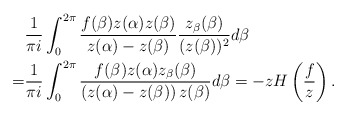
\begin{align*}&\frac{1}{\pi i}\int_{0}^{2\pi}\frac{f(\beta)z(\alpha)z(\beta)}{z(\alpha)-z(\beta)}\frac{z_{\beta}(\beta)}{(z(\beta))^{2}}d\beta\\=&\frac{1}{\pi i}\int_{0}^{2\pi}\frac{f(\beta)z(\alpha)z_{\beta}(\beta)}{\left(z(\alpha)-z(\beta)\right)z(\beta)}d\beta=-zH\left(\frac{f}{z}\right).\end{align*}